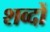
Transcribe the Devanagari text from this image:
शव्दों